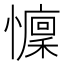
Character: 𱟗